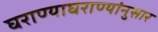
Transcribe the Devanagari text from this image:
घराण्याघराण्यांनुसार